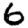
Digit: 6